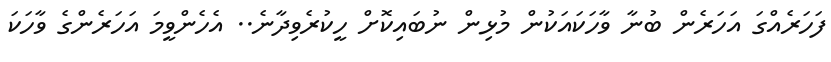
ފަހަރެއްގަ އަހަރެން ބުނާ ވާހަކައަކުން މުޅިން ނުބައިކޮށް ހީކުރެވިދާނެ.. އެހެންވީމަ އަހަރެންގެ ވާހަކަ